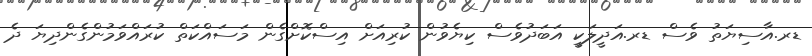
ޑރ.އާސިޔަތު ވެސް ޑރ.އަދީލަކީ އަބަދުވެސް ކިޔެވުން ކުރިއަށް އިސްކޮށްގެން މަސައްކަތް ކުރައްވަމުންގެންދިޔަ ދެ